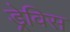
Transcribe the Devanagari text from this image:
ड्रेविस